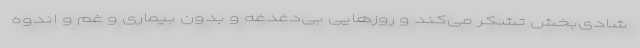
شادی‌بخش تشکر می‌کند و روز‌هایی بی‌دغدغه و بدون بیماری و غم و اندوه